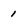
Character: 1